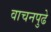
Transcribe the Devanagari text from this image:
वाचनपुढे